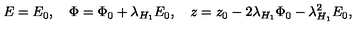
E = E _ { 0 } , \quad \Phi = \Phi _ { 0 } + \lambda _ { H _ { 1 } } E _ { 0 } , \quad z = z _ { 0 } - 2 \lambda _ { H _ { 1 } } \Phi _ { 0 } - \lambda _ { H _ { 1 } } ^ { 2 } E _ { 0 } ,